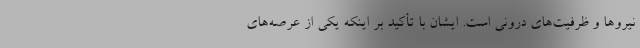
نیروها و ظرفیت‌های درونی است. ایشان با تأکید بر اینکه یکی از عرصه‌های